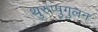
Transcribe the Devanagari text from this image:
थुरुप्पुगुलन